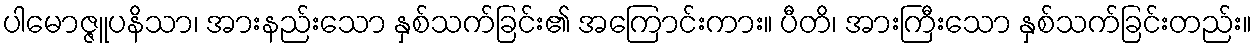
ပါမောဇ္ဇူပနိသာ၊ အားနည်းသော နှစ်သက်ခြင်း၏ အကြောင်းကား။ ပီတိ၊ အားကြီးသော နှစ်သက်ခြင်းတည်း။